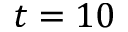
t = 1 0